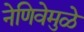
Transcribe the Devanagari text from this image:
नेणिवेमुळे